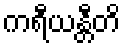
ကရီယန္တီတိ